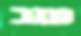
עזב